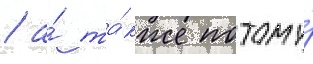
/ а́ та́кже потому́